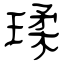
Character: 瑈